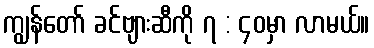
ကျွန်တော် ခင်ဗျားဆီကို ၇ : ၄၀မှာ လာမယ်။